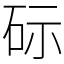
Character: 𮀔